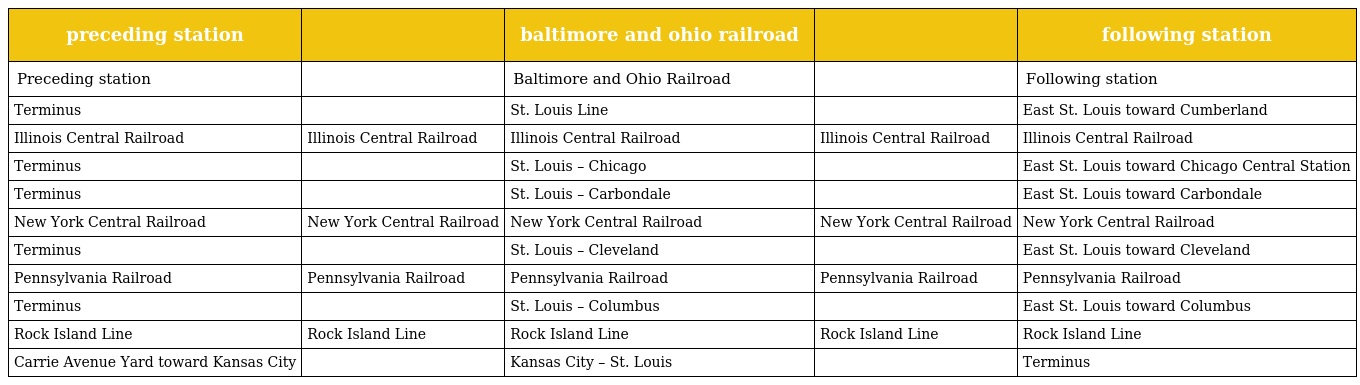
| preceding station |  | baltimore and ohio railroad |  | following station |
 | --- | --- | --- | --- | --- |
 | Preceding station |  | Baltimore and Ohio Railroad |  | Following station |
 | Terminus |  | St. Louis Line |  | East St. Louis toward Cumberland |
 | Illinois Central Railroad | Illinois Central Railroad | Illinois Central Railroad | Illinois Central Railroad | Illinois Central Railroad |
 | Terminus |  | St. Louis – Chicago |  | East St. Louis toward Chicago Central Station |
 | Terminus |  | St. Louis – Carbondale |  | East St. Louis toward Carbondale |
 | New York Central Railroad | New York Central Railroad | New York Central Railroad | New York Central Railroad | New York Central Railroad |
 | Terminus |  | St. Louis – Cleveland |  | East St. Louis toward Cleveland |
 | Pennsylvania Railroad | Pennsylvania Railroad | Pennsylvania Railroad | Pennsylvania Railroad | Pennsylvania Railroad |
 | Terminus |  | St. Louis – Columbus |  | East St. Louis toward Columbus |
 | Rock Island Line | Rock Island Line | Rock Island Line | Rock Island Line | Rock Island Line |
 | Carrie Avenue Yard toward Kansas City |  | Kansas City – St. Louis |  | Terminus |